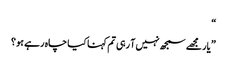
“
”یار مجھے سمجھ نہیں آ رہی تم کہنا کیا چاہ رہے ہو؟